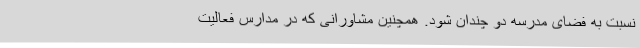
نسبت به فضای مدرسه دو چندان شود. همچنین مشاورانی که در مدارس فعالیت